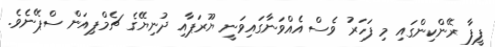
ފީފާ ރޭންކިންގައި މި ފަހަރު ވެސް އެއްވަނާގައިވަނީ ޔޫރަޕާއި ދުނިޔޭގެ ޗެމްޕިއަން ސްޕޭނެވެ.